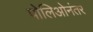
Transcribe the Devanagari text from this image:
पोलिओनंतर